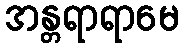
အန္တရာရာမေ